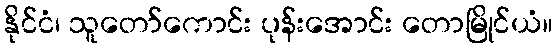
နိုင်ငံ၊ သူတော်ကောင်း ပုန်းအောင်း တောမြိုင်ယံ။